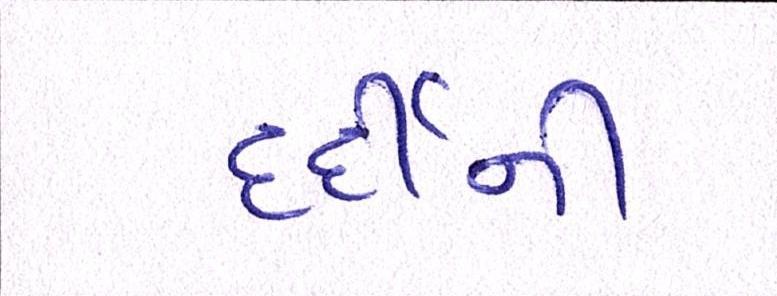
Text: દર્દીની